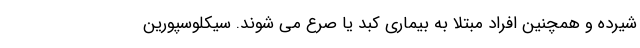
شیرده و همچنین افراد مبتلا به بیماری کبد یا صرع می شوند. سیکلوسپورین